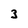
Character: 3